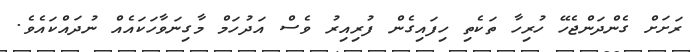
ރަށަށް ގެންދަންޖެހޭ ހުރިހާ ތަކެތި ހިފައިގެން ފުރިއިރު ވެސް އަދުހަމް މާގިނަވާހަކައެއް ނުދައްކައެވެ.